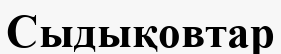
Сыдықовтар